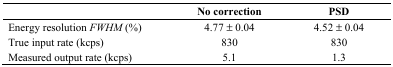
<table><thead><tr><td></td><td><b>No correction</b></td><td><b>PSD</b></td></tr></thead><tbody><tr><td>Energy resolution <i>FWHM</i> (%)</td><td>4.77 ± 0.04</td><td>4.52 ± 0.04</td></tr><tr><td>True input rate (kcps)</td><td>830</td><td>830</td></tr><tr><td>Measured output rate (kcps)</td><td>5.1</td><td>1.3</td></tr></tbody></table>